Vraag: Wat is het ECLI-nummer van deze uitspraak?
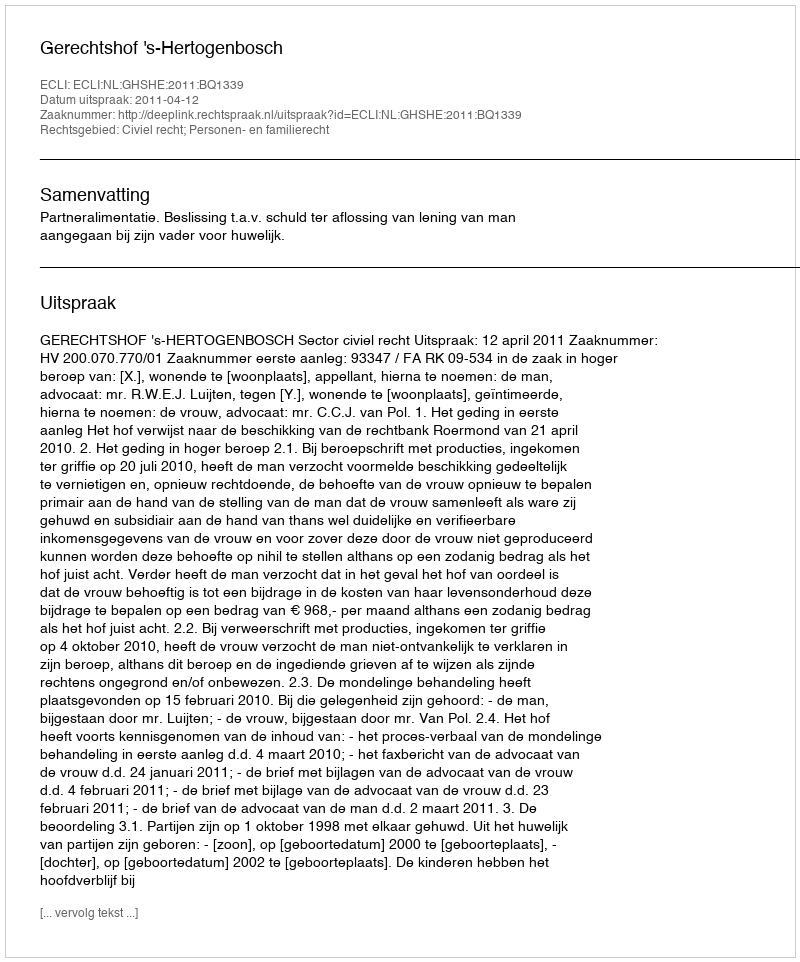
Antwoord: ECLI:NL:GHSHE:2011:BQ1339